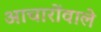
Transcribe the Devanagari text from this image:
आचारोंवाले